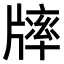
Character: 𤗪